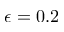
\epsilon = 0 . 2